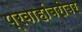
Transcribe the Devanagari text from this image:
प्रवाहांबरोबर